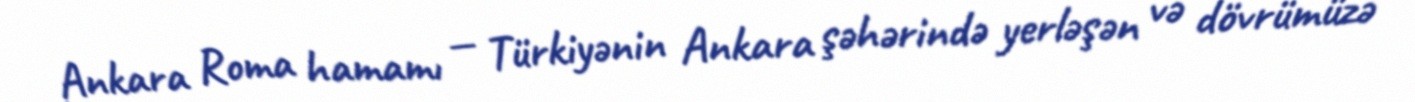
Ankara Roma hamamı — Türkiyənin Ankara şəhərində yerləşən və dövrümüzə